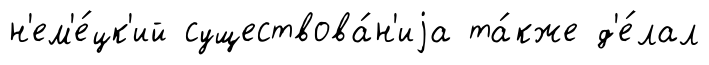
н'ем'е́цк'ий существова́н'иjа та́кже д'е́лал